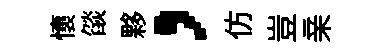
懷燄夥，仿豈亲